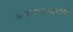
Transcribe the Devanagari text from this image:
अमलाबजावणी